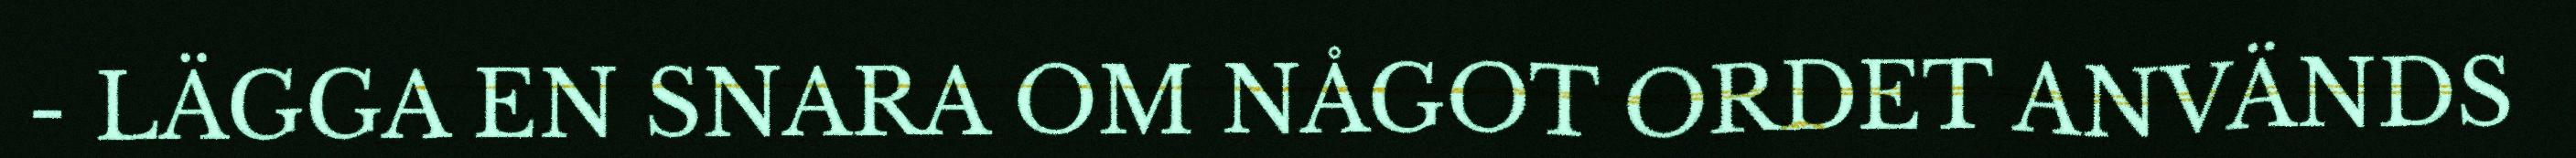
- LÄGGA EN SNARA OM NÅGOT ORDET ANVÄNDS